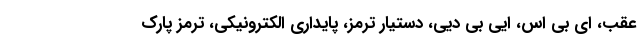
عقب، ای بی اس، ایی بی دیی، دستیار ترمز، پایداری الکترونیکی، ترمز پارک